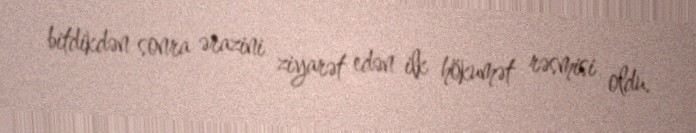
bitdikdən sonra ərazini ziyarət edən ilk hökumət rəsmisi oldu.